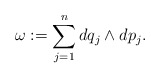
\begin{align*}\omega:=\sum_{j=1}^n dq_j\wedge dp_j.\end{align*}